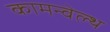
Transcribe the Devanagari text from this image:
कामन्वेल्थ